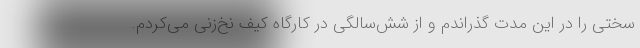
سختی را در این مدت گذراندم و از شش‌سالگی در کارگاه کیف نخ‌زنی می‌کردم.